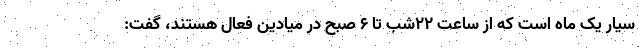
سیار یک ماه است که از ساعت ۲۲شب تا ۶ صبح در میادین فعال هستند، گفت: